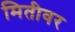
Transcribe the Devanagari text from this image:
मितीवर